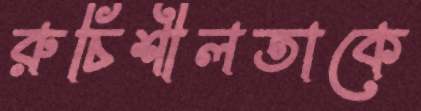
রুচিশীলতাকে